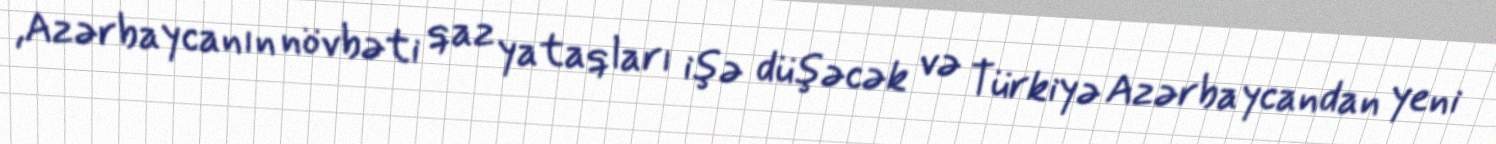
,Azərbaycanın növbəti qaz yataqları işə düşəcək və Türkiyə Azərbaycandan yeni